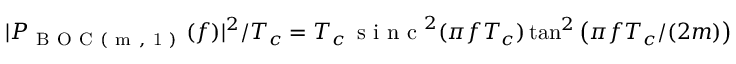
| P _ { \mathrm { ~ B ~ O ~ C ~ ( ~ m ~ , ~ 1 ~ ) ~ } } ( f ) | ^ { 2 } / T _ { c } = T _ { c } \, \mathrm { ~ s ~ i ~ n ~ c ~ } ^ { 2 } ( \pi f T _ { c } ) \tan ^ { 2 } \left( \pi f T _ { c } / ( 2 m ) \right)